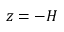
z = - H